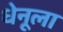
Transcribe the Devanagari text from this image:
धेनूला